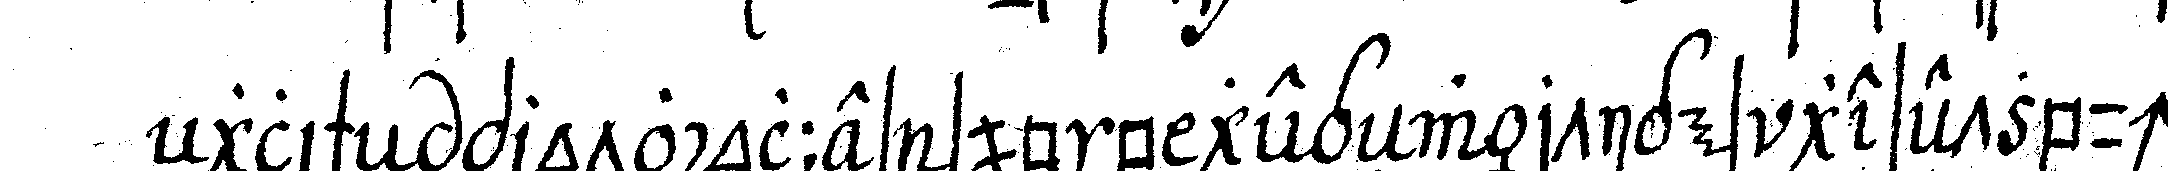
eNglischeN protocolles sub b gegeNwärtiges gesetzbuch